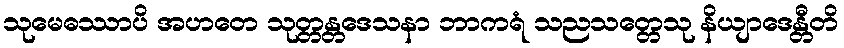
သုမေဓဿာပိ အဟတေ သုတ္တန္တဒေသနာ ဘာကရံ သညသတ္တေသု နိယျာဒေန္တီတိ